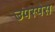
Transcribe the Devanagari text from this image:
उपस्पेस